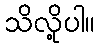
သိလို့ပါ။